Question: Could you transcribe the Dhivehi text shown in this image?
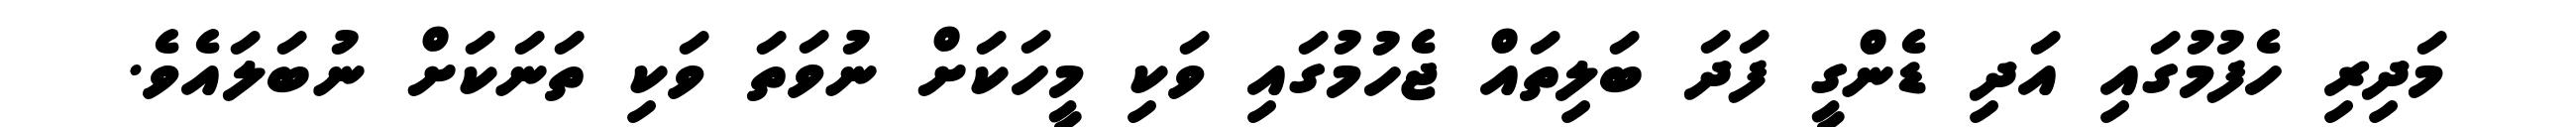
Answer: މަދިރި ހެފުމުގައި އަދި ޑެންގީ ފަދަ ބަލިތައް ޖެހުމުގައި ވަކި މީހަކަށް ނުވަތަ ވަކި ތަނަކަށް ނުބަލައެވެ.